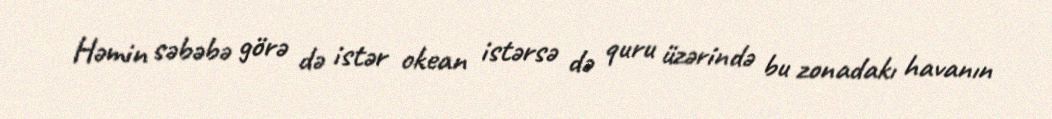
Həmin səbəbə görə də istər okean istərsə də quru üzərində bu zonadakı havanın